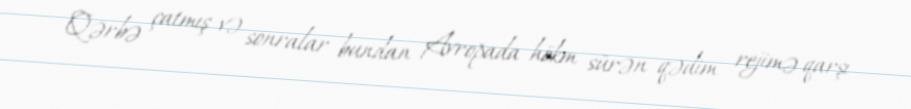
Qərbə çatmış və sonralar bundan Avropada hökm sürən qədim rejimə qarşı